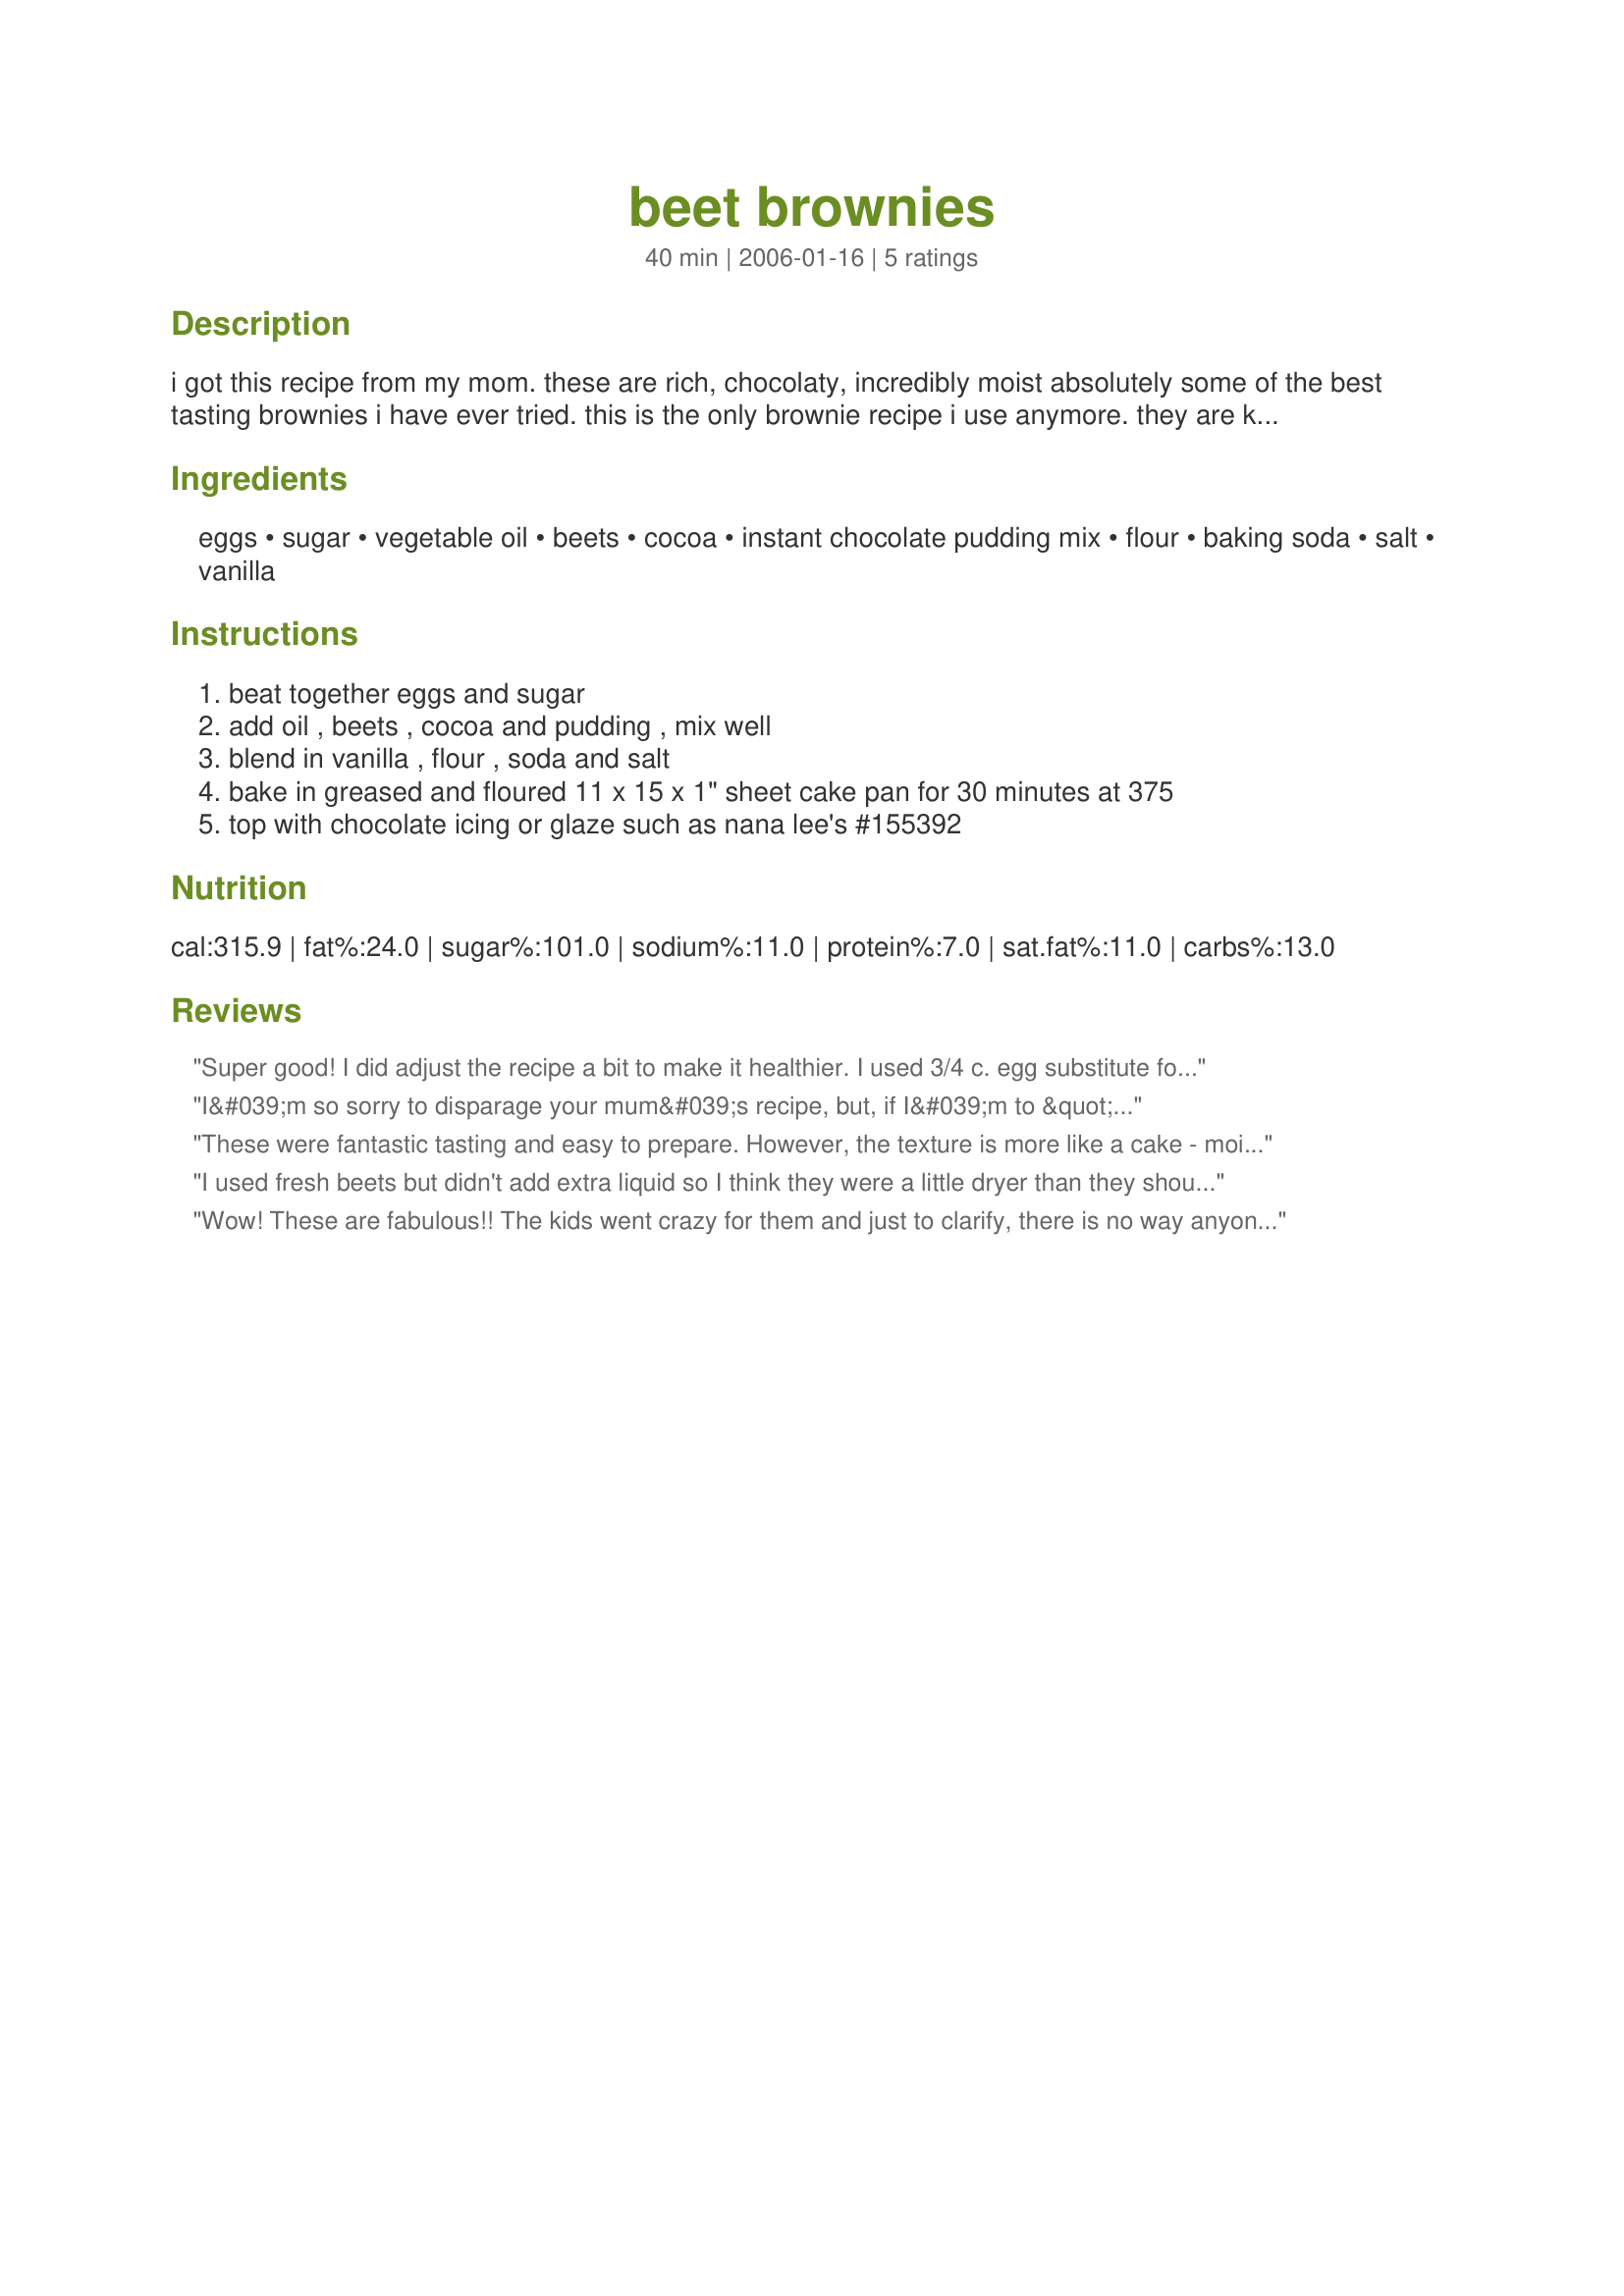
beet brownies
Preparation time: 40 minutes

i got this recipe from my mom. these are rich, chocolaty, incredibly moist absolutely some of the best tasting brownies i have ever tried. this is the only brownie recipe i use anymore. they are known around my house as "mom's brownies" to not give away the secret ingredient. they always disappear fast and no one ever knows they have beets in them!

Ingredients:
eggs, sugar, vegetable oil, beets, cocoa, instant chocolate pudding mix, flour, baking soda, salt, vanilla

Steps:
beat together eggs and sugar, add oil , beets , cocoa and pudding , mix well, blend in vanilla , flour , soda and salt, bake in greased and floured 11 x 15 x 1" sheet cake pan for 30 minutes at 375, top with chocolate icing or glaze such as nana lee's #155392

Reviews:
Super good! I did adjust the recipe a bit to make it healthier. I used 3/4 c. egg substitute for the eggs: .5 c virgin coconut oil & .5 c. natural applesauce for the veggie oil: 4 roasted and pureed beets with water added to = 2 cups: 7 T dry cocoa powder for the cocoa: 1/2 whole grain spelt and 1/2 light spelt for the flour: Devils Food pudding mix and also added 1 T instant coffee granules. My pan was larger, so they were thinner. I baked them for 20 minutes and covered them with the suggested glaze. I cut them into 20 pieces and they are 200 calories each! PERFECT!
I&#039;m so sorry to disparage your mum&#039;s recipe, but, if I&#039;m to &quot;spend&quot; my calories, it has got to be for something REALLY tasty...and these just don&#039;t fill the bill. I will say, however, if you HAVE to have a way to increase veggies in your diet, I can think of worse ways to get &#039;em!! Thank you for sharing.
These were fantastic tasting and easy to prepare. However, the texture is more like a cake - moist and fluffy - than brownie like. Thank you so much for posting!
I used fresh beets but didn't add extra liquid so I think they were a little dryer than they should have been. Kid, boyfriend and I all thought the brownies tasted great. We used Nana Lee's glaze as well and that wa sa nice, thin glaze for these.

I originally gave these 4 starts (I think my first piece was extra dry). Everything after that was wonderful. I am definitely making these anytime I want brownies - why not have the extra boost?
Wow! These are fabulous!! The kids went crazy for them and just to clarify, there is no way anyone would suspect they contained beets. Cakey and very chocolatey. I used Nana Lee's Chocolate Glaze recipe #155392 which was suggested in the recipe and I very highly recommend the combination. Similar to a Texas sheet cake, except more chocolate flavor. I used a can of no salt added beets and meant to measure the cocoa when weighing but forgot. Cut these into 42 squares, which is still a rich treat but significantly reduces the fat and calories unless you eat a bunch like we did. Try them, I promise you'll like them! Thanks for the recipe!
